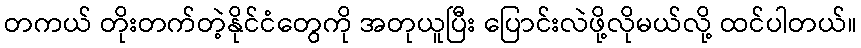
တကယ် တိုးတက်တဲ့နိုင်ငံတွေကို အတုယူပြီး ပြောင်းလဲဖို့လိုမယ်လို့ ထင်ပါတယ်။